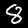
Label: 8